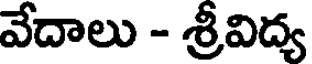
వేదాలు - శ్రీవిద్య